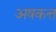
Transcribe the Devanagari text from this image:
अषकत्त